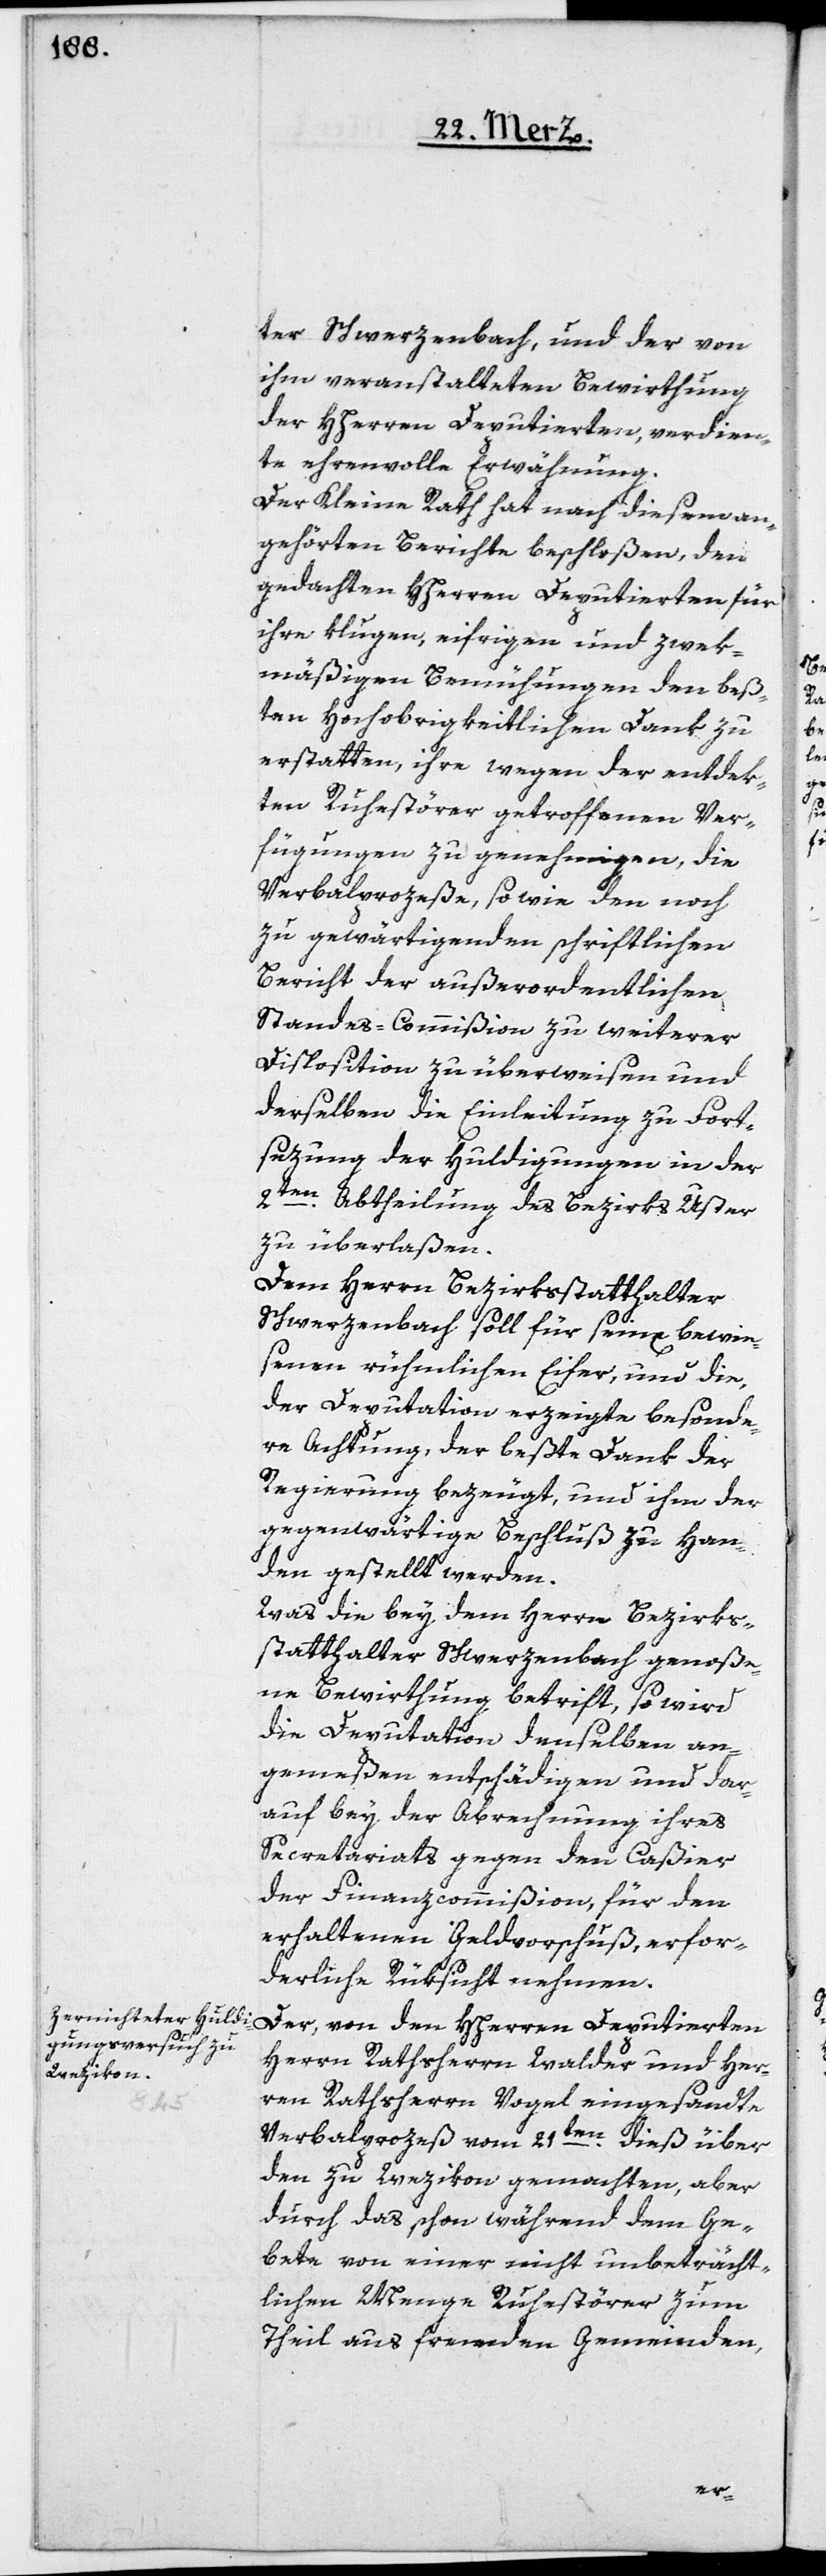
ter Schwerzenbach, und der von
ihm veranstalteten Bewirthung
der HHerren Deputierten, verdien¬
te ehrenvolle Erwähnung.
Der Kleine Rath hat nach diesem an¬
gehörten Berichte beschloßen, den
gedachten HHerren Deputierten für
ihre klugen, eifrigen und zwek¬
mäßigen Bemühungen den beß¬
ten Hochobrigkeitlichen Dank zu
erstatten, ihre wegen der entdek¬
ten Ruhestörer getroffenen Ver¬
fügungen zu genehmigen, die
Verbalprozeße sowie den noch
zu gewärtigenden schriftlichen
Bericht der außerordentlichen
Standes-Commißion zu weiterer
Disposition zu überweisen und
derselben die Einleitung zu Fort¬
sezung der Huldigungen in der
2ten Abtheilung des Bezirks Uster
zu überlaßen.
Dem Herrn Bezirksstatthalter
Schwerzenbach soll für seinen bewie¬
senen rühmlichen Eifer, und die,
der Deputation erzeigte besonde¬
re Achtung, der beßte Dank der
Regierung bezeugt, und ihm der
gegenwärtige Beschluß zu Han¬
den gestellt werden.
Was die bey dem Herrn Bezirks¬
statthalter Schwerzenbach genoße¬
ne Bewirthung betrift, so wird
die Deputation denselben an¬
gemeßen entschädigen und dar¬
auf bey der Abrechnung ihres
Secretariats gegen den Caßier
der Finanzcommißion, für den
erhaltenen Geldvorschuß, erfor¬
derliche Rüksicht nehmen.
Der, von den HHerren Deputierten
Herrn Rathsherrn Walder und Her¬
ren Rathsherrn Vogel eingesandte
Verbalprozeß vom 21ten dieß über
den zu Wezikon gemachten, aber
durch das schon während dem Ge¬
bete von einer nicht unbeträcht¬
lichen Menge Ruhestörer zum
Theil aus fremden Gemeinden,